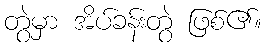
တွဲမှာ အိပ်ခန်းတွဲ ဖြစ်၏။